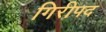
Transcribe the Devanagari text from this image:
गिरीपद